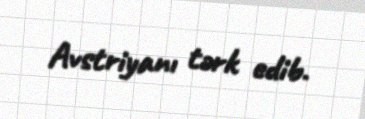
Avstriyanı tərk edib.